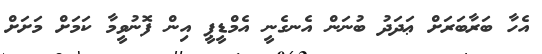
އެހާ ބަރާބަރަށް ޢަދަދު ބުނަން އެނގެނީ އެމްޑީޕީ އިން ފޮނުވީމާ ކަމަށް މަށަށް